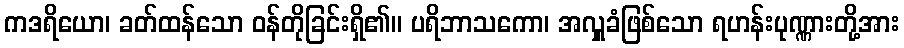
ကဒရိယော၊ ခတ်ထန်သော ဝန်တိုခြင်းရှိ၏။ ပရိဘာသကော၊ အလှူခံဖြစ်သော ရဟန်းပုဏ္ဏားတို့အား